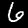
Label: 6